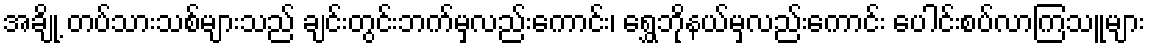
အချို့ တပ်သားသစ်များသည် ချင်းတွင်းဘက်မှလည်းကောင်း၊ ရွှေဘိုနယ်မှလည်းကောင်း ပေါင်းစပ်လာကြသူများ